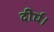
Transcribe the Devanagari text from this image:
दीर्घ।